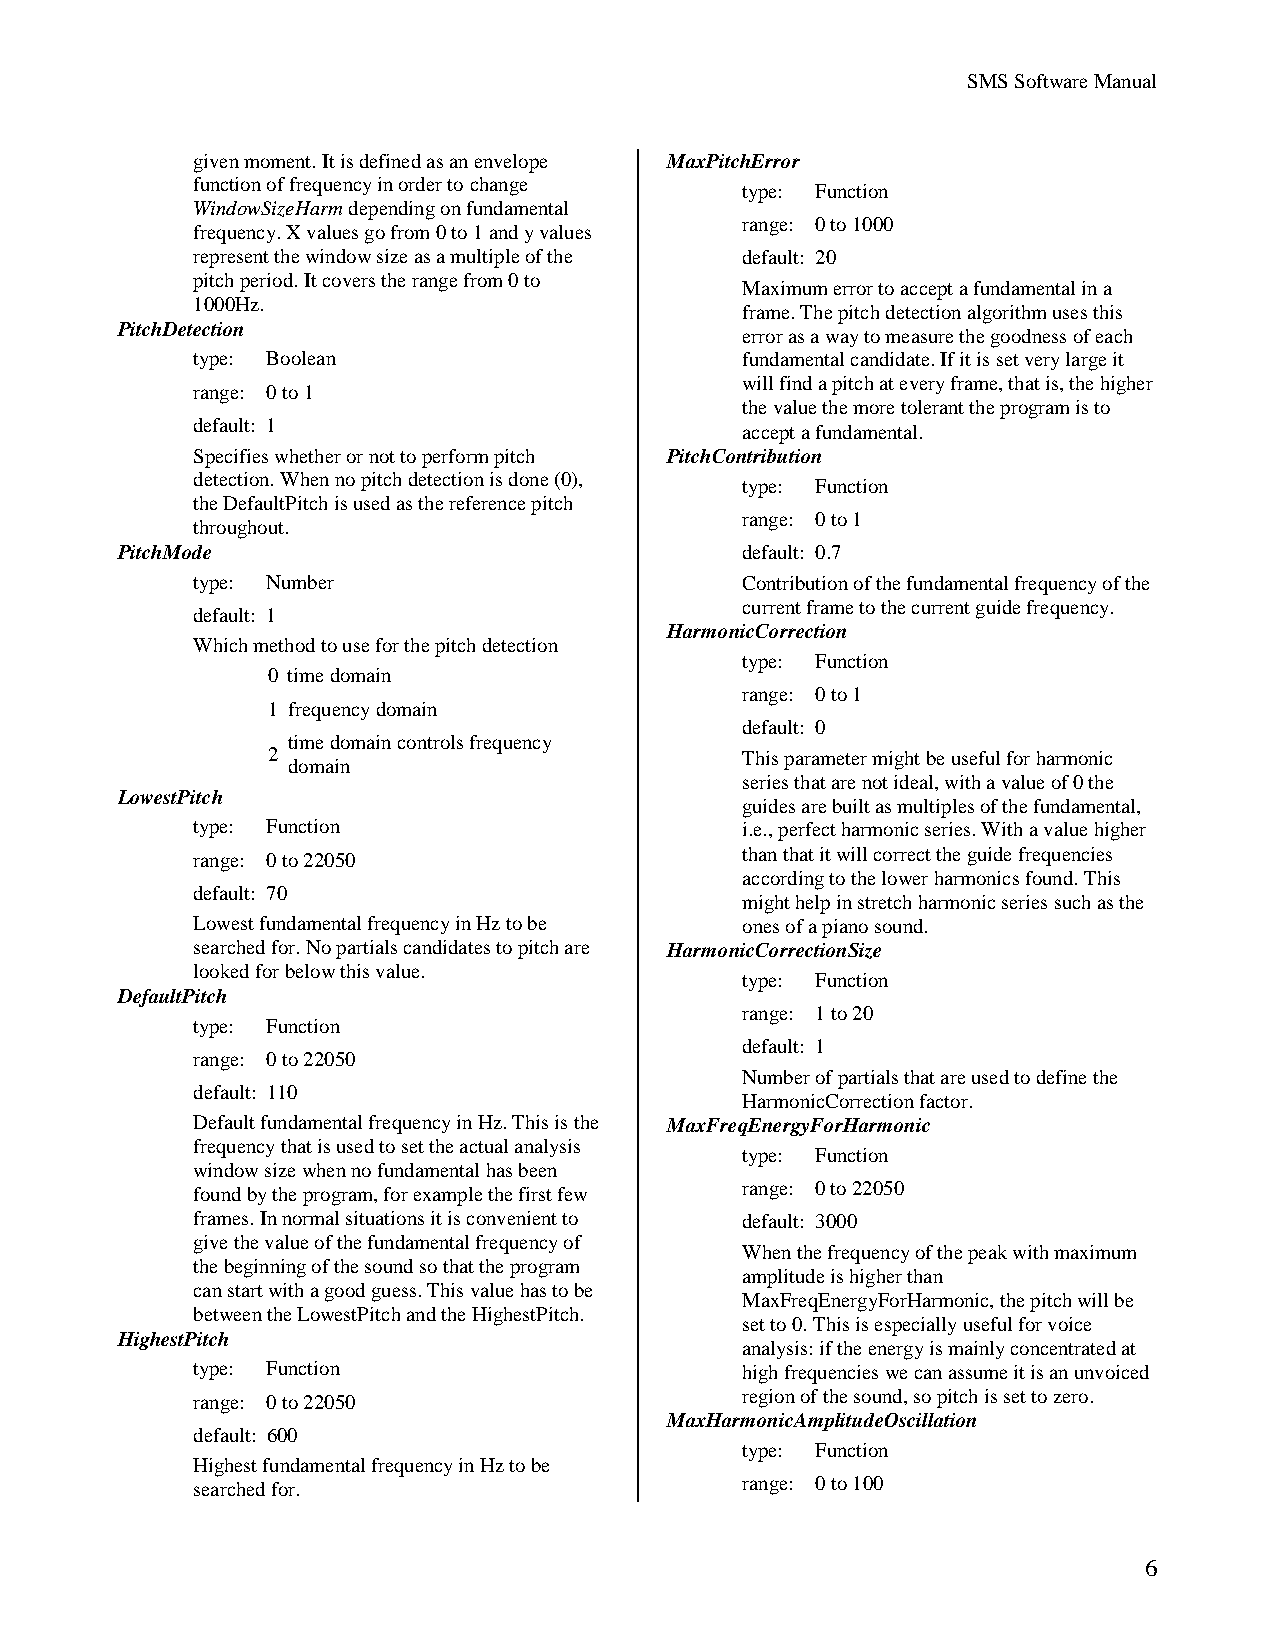
SMS Software Manual
 given moment. It is defined as an envelope MaxPitchError
 function of frequency in order to change type: Function
 WindowSizeHarm depending on fundamental
 range: 0 to 1000
 frequency. X values go from 0 to 1 and y values
 represent the window size as a multiple of the default: 20
 pitch period. It covers the range from 0 to
 Maximum error to accept a fundamental in a
 1000Hz.
 frame. The pitch detection algorithm uses this
 PitchDetection
 error as a way to measure the goodness of each
 type: Boolean                       fundamental candidate. If it is set very large it
 will find a pitch at every frame, that is, the higher
 range: 0 to 1
 the value the more tolerant the program is to
 default: 1                          accept a fundamental.
 Specifies whether or not to perform pitch PitchContribution
 detection. When no pitch detection is done (0), type: Function
 the DefaultPitch is used as the reference pitch
 range: 0 to 1
 throughout.
 PitchMode                                default: 0.7
 type: Number                        Contribution of the fundamental frequency of the
 current frame to the current guide frequency.
 default: 1
 HarmonicCorrection
 Which method to use for the pitch detection
 type: Function
 0 time domain
 range: 0 to 1
 1 frequency domain
 default: 0
 time domain controls frequency
 2                              This parameter might be useful for harmonic
 domain
 series that are not ideal, with a value of 0 the
 LowestPitch
 guides are built as multiples of the fundamental,
 type: Function                      i.e., perfect harmonic series. With a value higher
 than that it will correct the guide frequencies
 range: 0 to 22050
 according to the lower harmonics found. This
 default: 70
 might help in stretch harmonic series such as the
 Lowest fundamental frequency in Hz to be ones of a piano sound.
 searched for. No partials candidates to pitch are HarmonicCorrectionSize
 looked for below this value.
 type: Function
 DefaultPitch
 range: 1 to 20
 type: Function
 default: 1
 range: 0 to 22050
 Number of partials that are used to define the
 default: 110
 HarmonicCorrection factor.
 Default fundamental frequency in Hz. This is the MaxFreqEnergyForHarmonic
 frequency that is used to set the actual analysis
 type: Function
 window size when no fundamental has been
 range: 0 to 22050
 found by the program, for example the first few
 frames. In normal situations it is convenient to default: 3000
 give the value of the fundamental frequency of
 When the frequency of the peak with maximum
 the beginning of the sound so that the program
 amplitude is higher than
 can start with a good guess. This value has to be
 MaxFreqEnergyForHarmonic, the pitch will be
 between the LowestPitch and the HighestPitch.
 set to 0. This is especially useful for voice
 HighestPitch
 analysis: if the energy is mainly concentrated at
 type: Function                      high frequencies we can assume it is an unvoiced
 region of the sound, so pitch is set to zero.
 range: 0 to 22050
 MaxHarmonicAmplitudeOscillation
 default: 600
 type: Function
 Highest fundamental frequency in Hz to be
 range: 0 to 100
 searched for.
 6